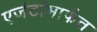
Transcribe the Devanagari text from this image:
एजंटांमार्फत